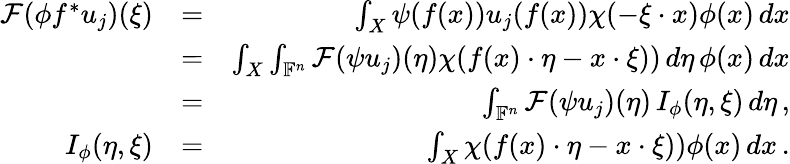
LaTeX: \begin{array}{rlr}{\mathcal{F}(\phi f^{*}u_{j})(\xi)}&{=}&{\int_{X}\psi(f(x))u_{j}(f(x))\chi(-\xi\cdot x)\phi(x)\, dx}\\ &{=}&{\int_{X}\int_{\mathbb{F}^{n}}\mathcal{F}(\psi u_{j})(\eta)\chi(f(x)\cdot\eta-x\cdot\xi))\, d\eta\, \phi(x)\, dx}\\ &{=}&{\int_{\mathbb{F}^{n}}\mathcal{F}(\psi u_{j})(\eta)\, I_{\phi}(\eta,\xi)\, d\eta\, ,}\\ {I_{\phi}(\eta,\xi)}&{=}&{\int_{X}\chi(f(x)\cdot\eta-x\cdot\xi))\phi(x)\, dx\, .}\end{array}